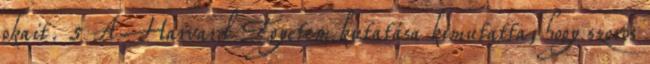
okait. 5 A Harvard Egyetem kutatása kimutatta, hogy szoros